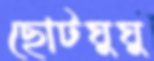
ছোটঘুঘু